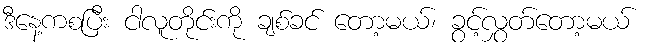
ဒီနေ့ကစပြီး ငါလူတိုင်းကို ချစ်ခင် တော့မယ်၊ ခွင့်လွှတ်တော့မယ်